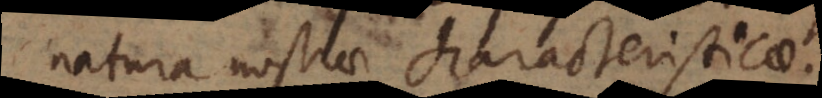
natura nostrae characteristicae.